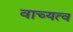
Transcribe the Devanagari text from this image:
वाच्यत्व